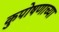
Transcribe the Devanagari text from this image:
कुपोषणाच्या